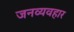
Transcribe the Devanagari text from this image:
जनव्यवहार